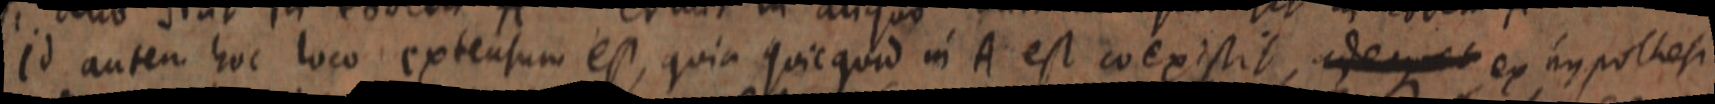
Id autem hoc loco extensum est, quia quicquid in A est coexistit, aedeque et ex hypothesi